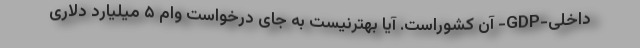
داخلی-GDP- آن کشوراست. آیا بهترنیست به جای درخواست وام ۵ میلیارد دلاری